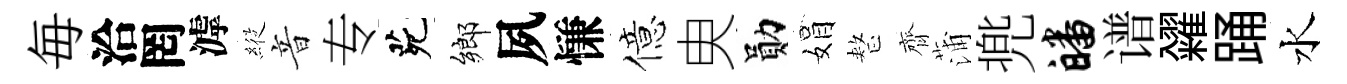
毎洽罔滹𦂵音专茕鄉夙慊億㬰勛娟整齊蒲兠皤谱糴踊水